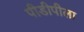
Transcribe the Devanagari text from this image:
पीडीपीला